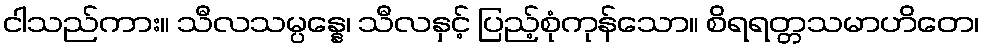
ငါသည်ကား။ သီလသမ္ပန္နေ၊ သီလနှင့် ပြည့်စုံကုန်သော။ စိရရတ္တသမာဟိတေ၊